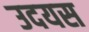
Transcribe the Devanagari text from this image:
उदयस